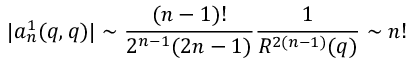
| a _ { n } ^ { 1 } ( q , q ) | \sim \frac { ( n - 1 ) ! } { 2 ^ { n - 1 } ( 2 n - 1 ) } \frac { 1 } { R ^ { 2 ( n - 1 ) } ( q ) } \sim n !